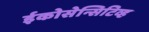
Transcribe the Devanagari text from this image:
ईकोसेन्सिटिव्ह